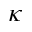
\kappa